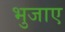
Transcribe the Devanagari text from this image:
भुजाए